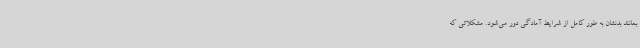
بمانند بدنشان به طور کامل از شرایط آمادگی دور می‌شود. مشکلاتی که